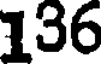
136